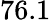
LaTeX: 76.1